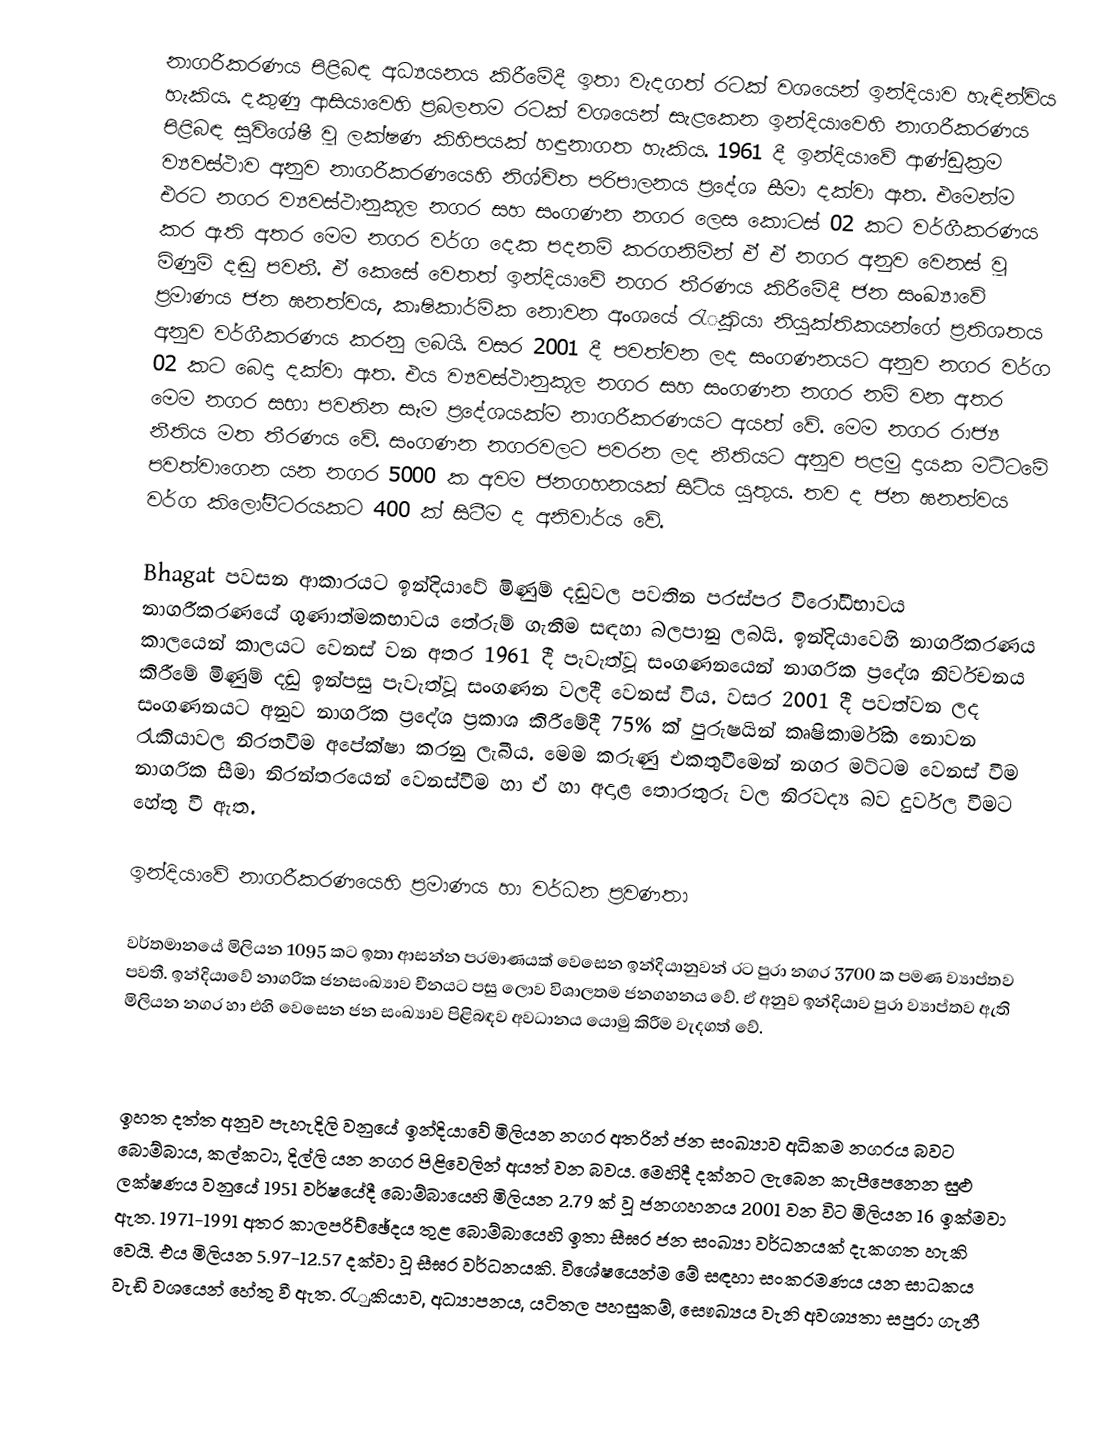
නාගරීකරණය පිළිබඳ අධ්‍යයනය කිරීමේදී ඉතා වැදගත් රටක් වශයෙන් ඉන්දියාව හැඳින්විය හැකිය. දකුණු ආසියාවෙහි ප‍්‍රබලතම රටක් වශයෙන් සැළකෙන ඉන්දියාවෙහි නාගරීකරණය පිළිබඳ සුවිශේෂී වූ ලක්ෂණ කිහිපයක් හඳුනාගත හැකිය. 1961 දී ඉන්දියාවේ ආණ්ඩුක‍්‍රම ව්‍යවස්ථාව අනුව නාගරීකරණයෙහි නිශ්චිත පරිපාලනය ප‍්‍රදේශ සීමා දක්වා ඇත. එමෙන්ම එරට නගර ව්‍යවස්ථානුකූල නගර සහ සංගණන නගර ලෙස කොටස් 02 කට වර්ගීකරණය කර ඇති අතර මෙම නගර වර්ග දෙක පදනම් කරගනිමින් ඒ ඒ නගර අනුව වෙනස් වූ මිණුම් දඬු පවතී. ඒ කෙසේ වෙතත් ඉන්දියාවේ නගර තීරණය කිරීමේදී ජන සංඛ්‍යාවේ ප‍්‍රමාණය ජන ඝනත්වය, කෘෂිකාර්මික නොවන අංශයේ රැුකියා නියුක්තිකයන්ගේ ප‍්‍රතිශතය අනුව වර්ගීකරණය කරනු ලබයි. වසර 2001 දී පවත්වන ලද සංගණනයට අනුව නගර වර්ග 02 කට බෙදා දක්වා ඇත. එය ව්‍යවස්ථානුකූල නගර සහ සංගණන නගර නම් වන අතර මෙම නගර සභා පවතින සෑම ප‍්‍රදේශයක්ම නාගරීකරණයට අයත් වේ. මෙම නගර රාජ්‍ය නීතිය මත තීරණය වේ. සංගණන නගරවලට පවරන ලද නීතියට අනුව පළමු දායක මට්ටමේ පවත්වාගෙන යන නගර 5000 ක අවම ජනගහනයක් සිටිය යුතුය. තව ද ජන ඝනත්වය වර්ග කිලෝමීටරයකට 400 ක් සිටීම ද අනිවාර්ය වේ.

Bhagat පවසන ආකාරයට ඉන්දියාවේ මිණුම් දඬුවල පවතින පරස්පර විරෝධීභාවය නාගරීකරණයේ ගුණාත්මකභාවය තේරුම් ගැනීම සඳහා බලපානු ලබයි. ඉන්දියාවෙහි නාගරීකරණය කාලයෙන් කාලයට වෙනස් වන අතර 1961 දී පැවැත්වූ සංගණනයෙන් නාගරික ප‍්‍රදේශ නිර්වචනය කිරීමේ මිණුම් දඬු ඉන්පසු පැවැත්වූ සංගණන වලදී වෙනස් විය. වසර 2001 දී පවත්වන ලද සංගණනයට අනුව නාගරික ප‍්‍රදේශ ප‍්‍රකාශ කිරීමේදී 75% ක් පුරුෂයින් කෘෂිකාර්මික නොවන රැකියාවල නිරතවීම අපේක්ෂා කරනු ලැබීය. මෙම කරුණු එකතුවීමෙන් නගර මට්ටම වෙනස් වීම නාගරික සීමා නිරන්තරයෙන් වෙනස්වීම හා ඒ හා අදාළ තොරතුරු වල නිරවද්‍ය බව දුර්වල වීමට හේතු වී ඇත.

ඉන්දියාවේ නාගරීකරණයෙහි ප‍්‍රමාණය හා වර්ධන ප‍්‍රවණතා

වර්තමානයේ මිලියන 1095 කට ඉතා ආසන්න ප‍්‍රමාණයක් වෙසෙන ඉන්දියානුවන් රට පුරා නගර 3700 ක පමණ ව්‍යාප්තව පවතී. ඉන්දියාවේ නාගරික ජනසංඛ්‍යාව චීනයට පසු ලොව විශාලතම ජනගහනය වේ. ඒ අනුව ඉන්දියාව පුරා ව්‍යාප්තව ඇති මිලියන නගර හා එහි වෙසෙන ජන සංඛ්‍යාව පිළිබඳව අවධානය යොමු කිරීම වැදගත් වේ.

ඉහත දත්ත අනුව පැහැදිලි වනුයේ ඉන්දියාවේ මිලියන නගර අතරින් ජන සංඛ්‍යාව අධිකම නගරය බවට බොම්බාය, කල්කටා, දිල්ලි යන නගර පිළිවෙලින් අයත් වන බවය. මෙහිදී දක්නට ලැබෙන කැපීපෙනෙන සුළු ලක්ෂණය වනුයේ 1951 වර්ෂයේදී බොම්බායෙහි මිලියන 2.79 ක් වූ ජනගහනය 2001 වන විට මිලියන 16 ඉක්මවා ඇත. 1971-1991 අතර කාලපරිච්ඡේදය තුළ බොම්බායෙහි ඉතා සීඝ‍්‍ර ජන සංඛ්‍යා වර්ධනයක් දැකගත හැකි වෙයි. එය මිලියන 5.97-12.57 දක්වා වූ සීඝ‍්‍ර වර්ධනයකි. විශේෂයෙන්ම මේ සඳහා සංක‍්‍රමණය යන සාධකය වැඩි වශයෙන් හේතු වී ඇත. රැුකියාව, අධ්‍යාපනය, යටිතල පහසුකම්, සෞඛ්‍යය වැනි අවශ්‍යතා සපුරා ගැනී